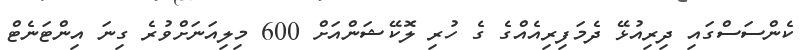
ކެންސަސްގައި ދިރިއުޅޭ ދެމަފިރިއެއްގެ ގެ ހުރި ލޮކޭޝަންއަށް 600 މިލިއަނަށްވުރެ ގިނަ އިންޓަނެޓް